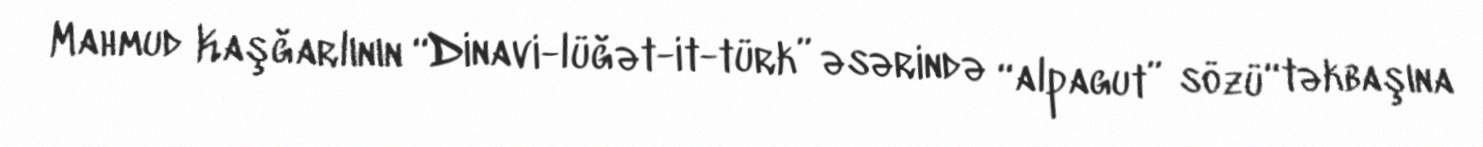
Mahmud Kaşğarlının “Dinavi-lüğət-it-türk” əsərində “alpagut” sözü “təkbaşına